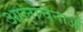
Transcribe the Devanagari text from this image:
आलोचनाआें